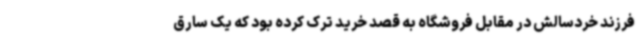
فرزند خردسالش در مقابل فروشگاه به قصد خرید ترک کرده بود که یک سارق